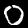
Label: 0